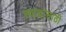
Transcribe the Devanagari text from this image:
स्वादासाठी